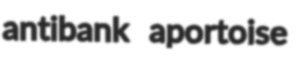
antibank aportoise